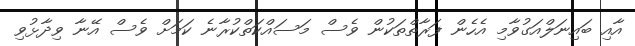
އާއި ބައިނަލްއަގުވާމި އެހެން ފަރާތްތަކުން ވެސް މަސައްކަތްކުރާނެ ކަމަށް ވެސް އޭނާ ވިދާޅުވި